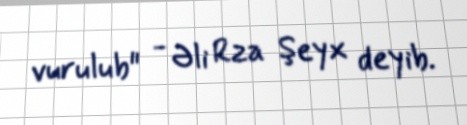
vurulub" - Əli Rza Şeyx deyib.